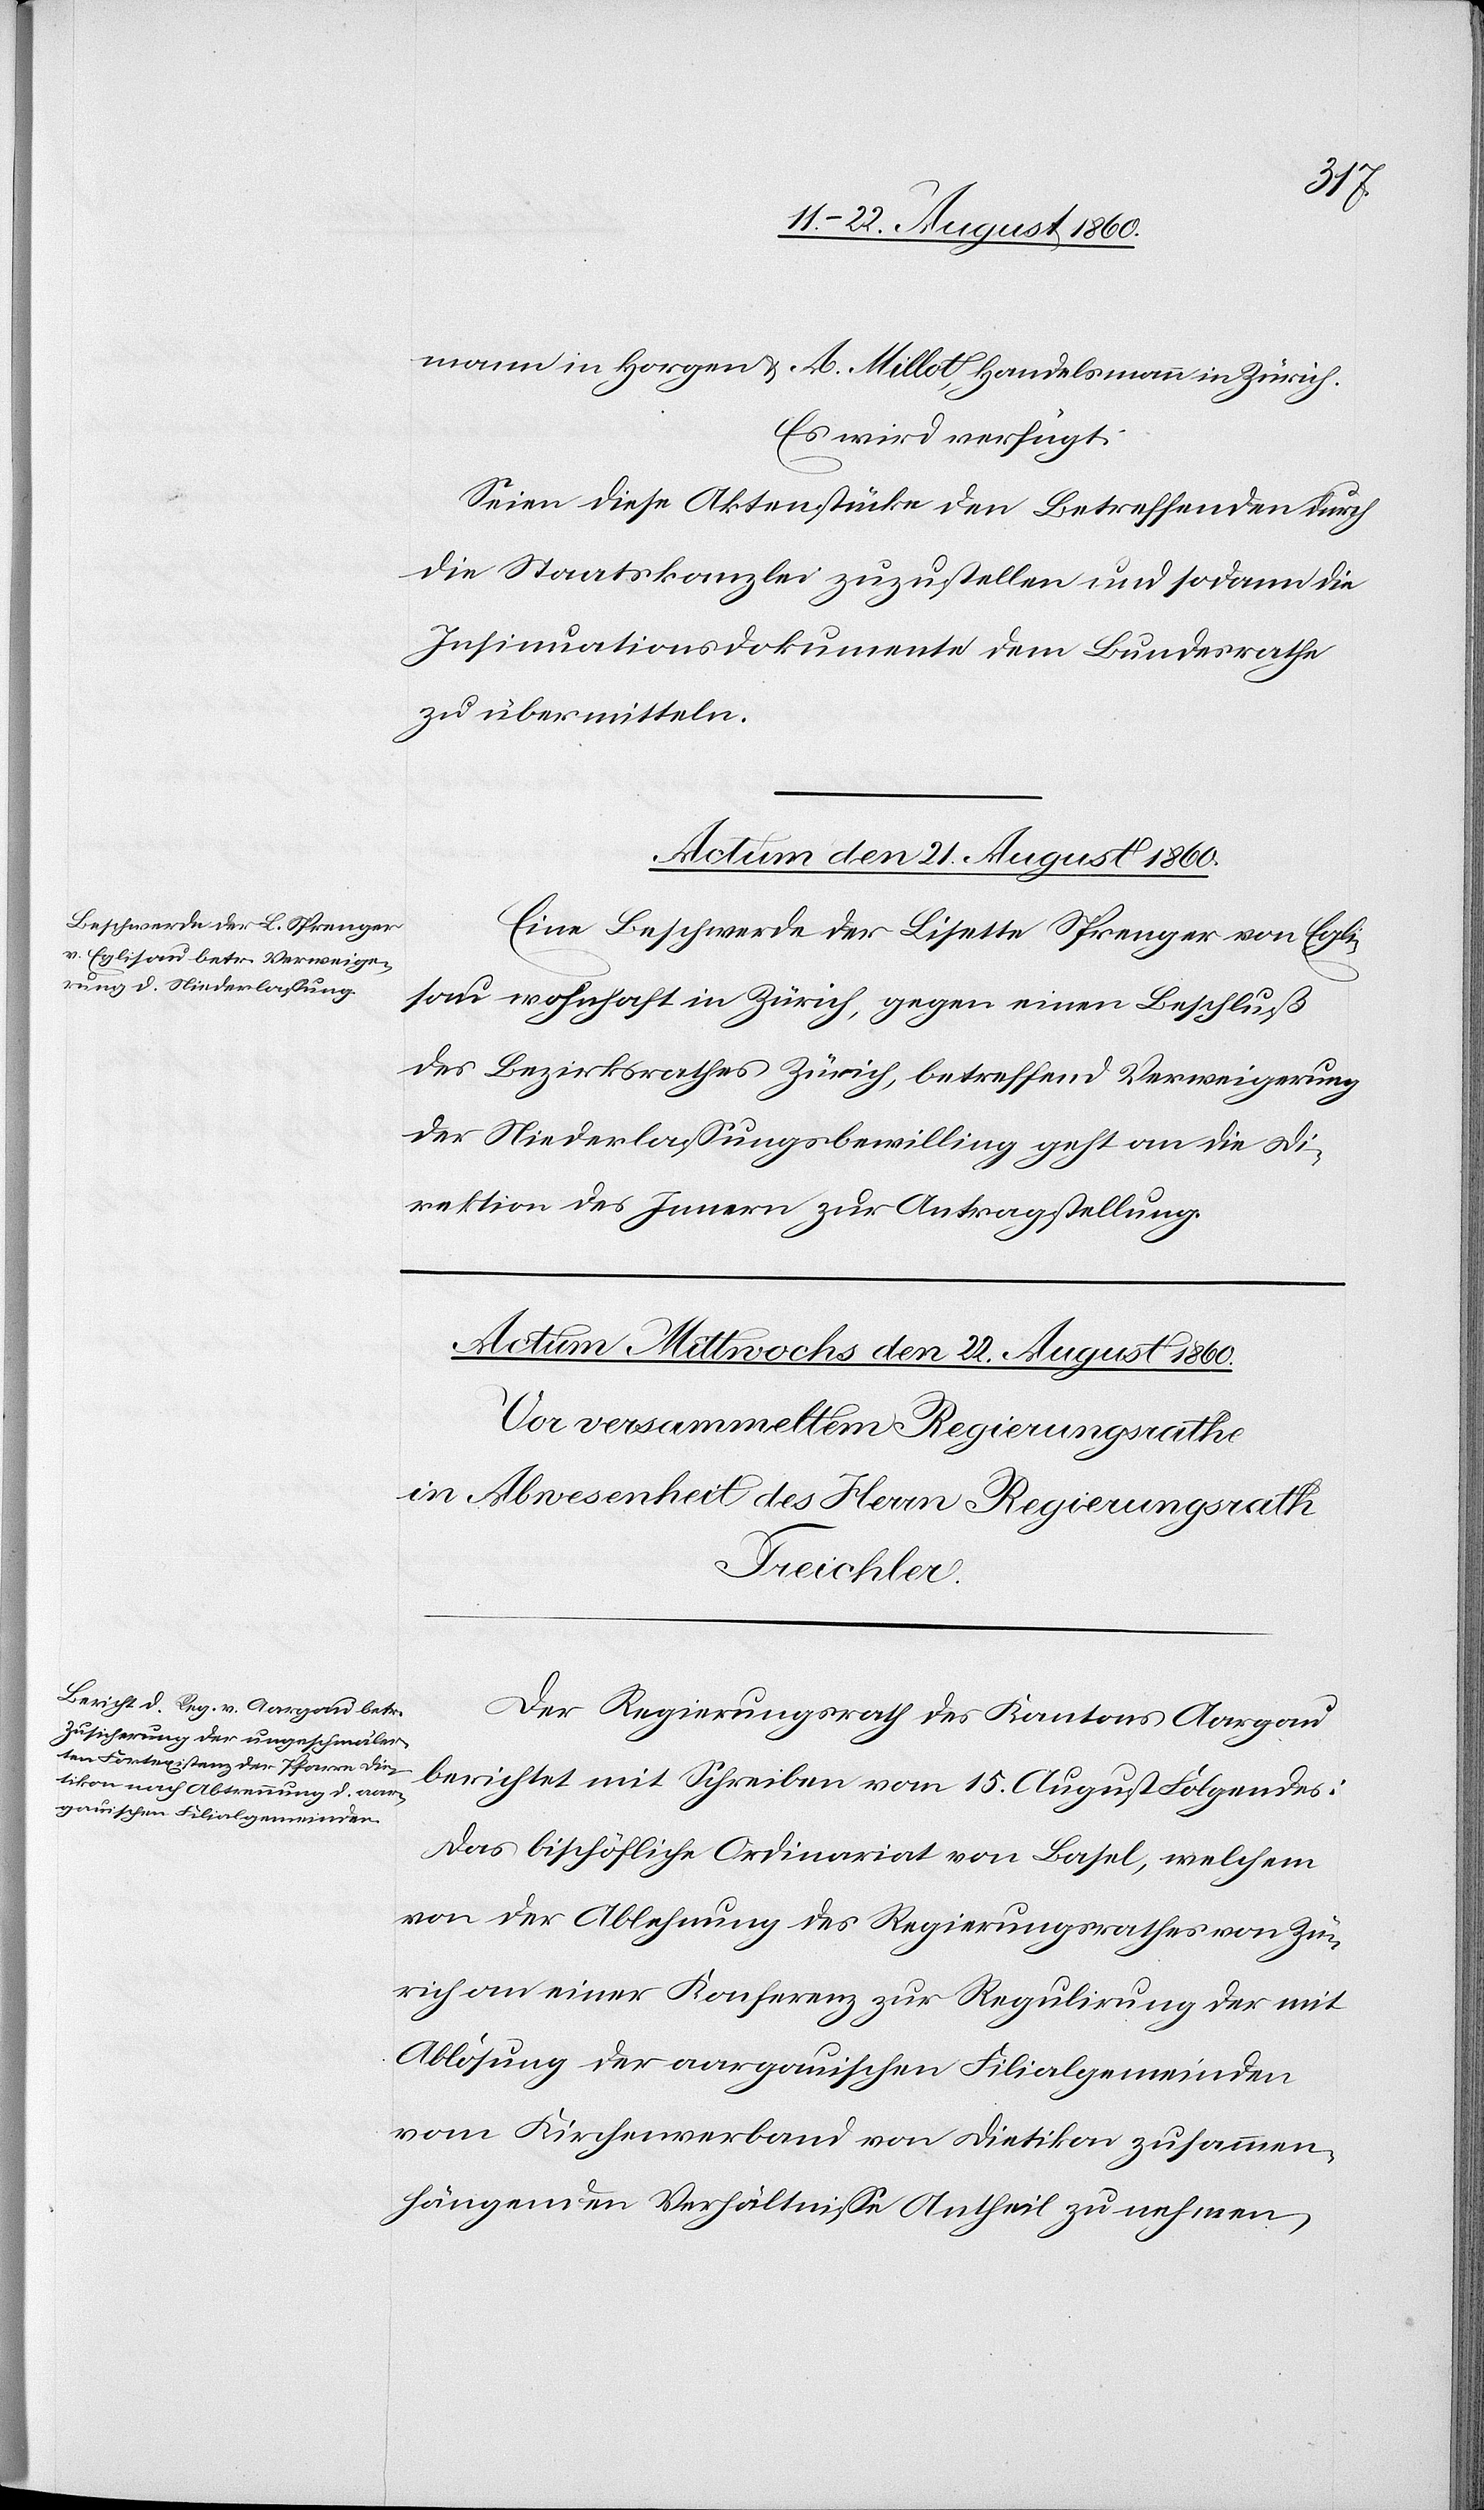
in Horgen und A. Millot, Handelsmann in Zürich.
Es wird verfügt:
Seien diese Aktenstücke den Betreffenden durch
die Staatskanzlei zuzustellen u. sodann die
Insinuationsdokumente dem Bundesrathe
zu übermitteln.
Actum den 21. August 1860.
Eine Beschwerde der Lisette Sprenger von Egli¬
sau, wohnhaft in Zürich, gegen einen Beschluss
des Bezirksrathes Zürich betreffend Verweigerung
der Niederlassungsbewilligung geht an die Di¬
rektion des Innern zur Antragstellung.
Der Regierungsrath des Kantons Aargau
berichtet mit Schreiben vom 15. August Folgendes:
Das bischöfliche Ordinariat von Basel, welchem
von der Ablehnung des Regierungsrathes von Zü¬
rich, an einer Konferenz zur Regulirung der mit
Ablösung der Aargauischen Filialgemeinden
vom Kirchenverband von Dietikon zusammen¬
hängenden Verhältnisse Antheil zu nehmen,